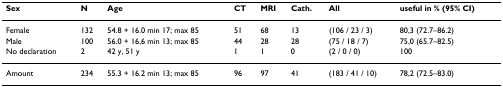
| Sex | N | Age | CT | MRI | Cath. | All | useful in % (95% CI) |
 | --- | --- | --- | --- | --- | --- | --- | --- |
 | Female | 132 | 54.8 + 16.0 min 17; max 85 | 51 | 68 | 13 | (106 / 23 / 3) | 80,3 (72.7–86.2) |
 | Male | 100 | 56.0 + 16,6 min 13; max 85 | 44 | 28 | 28 | (75 / 18 / 7) | 75,0 (65.7–82.5) |
 | No declaration | 2 | 42 y, 51 y | 1 | 1 | 0 | (2 / 0 / 0) | 100 |
 | Amount | 234 | 55.3 + 16.2 min 13; max 85 | 96 | 97 | 41 | (183 / 41 / 10) | 78,2 (72.5–83.0) |